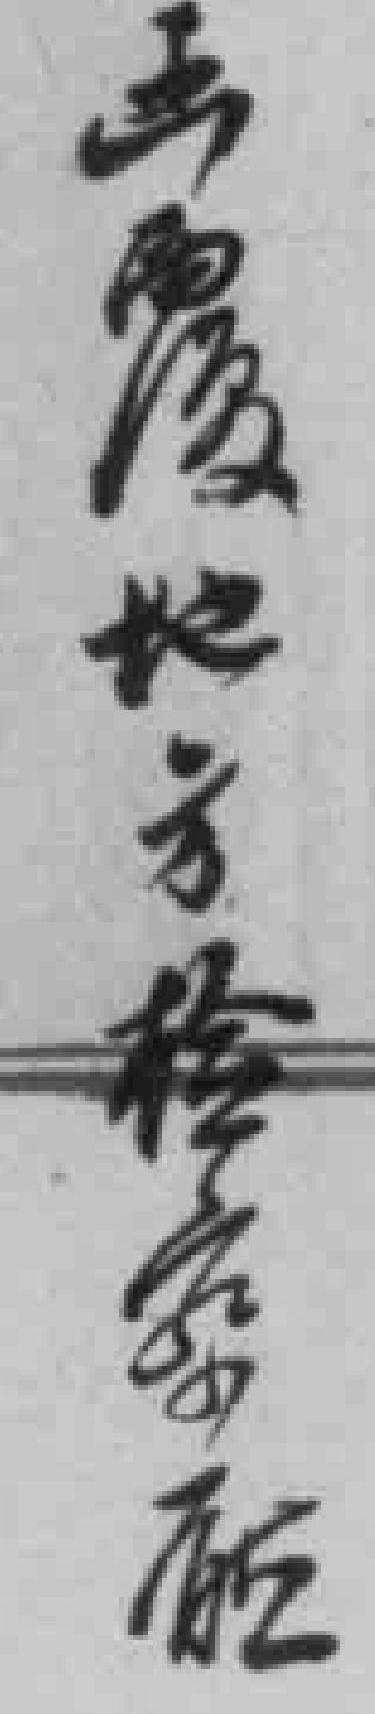
函覆地方检查*